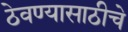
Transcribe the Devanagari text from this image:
ठेवण्यासाठीचे